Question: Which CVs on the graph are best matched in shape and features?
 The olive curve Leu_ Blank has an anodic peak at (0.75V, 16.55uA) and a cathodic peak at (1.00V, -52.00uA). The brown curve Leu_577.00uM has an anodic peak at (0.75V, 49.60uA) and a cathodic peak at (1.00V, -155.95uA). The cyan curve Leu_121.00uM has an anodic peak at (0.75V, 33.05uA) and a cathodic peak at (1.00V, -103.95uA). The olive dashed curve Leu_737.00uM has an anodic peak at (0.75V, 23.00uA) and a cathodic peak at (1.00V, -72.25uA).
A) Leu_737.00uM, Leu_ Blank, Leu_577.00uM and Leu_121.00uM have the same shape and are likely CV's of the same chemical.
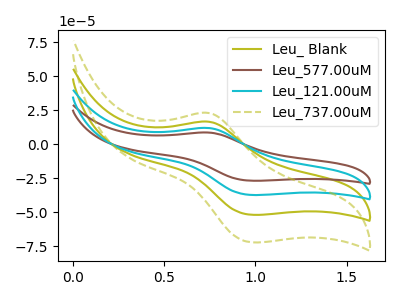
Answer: <think>All the peaks in "Leu_ Blank" have a peak in "Leu_577.00uM" at the same potential. Every peak in "Leu_ Blank" is lower than every peak in "Leu_577.00uM". All the peaks in "Leu_ Blank" have a peak in "Leu_121.00uM" at the same potential. Every peak in "Leu_ Blank" is lower than every peak in "Leu_121.00uM". All the peaks in "Leu_ Blank" have a peak in "Leu_737.00uM" at the same potential. Every peak in "Leu_ Blank" is lower than every peak in "Leu_737.00uM". All the peaks in "Leu_577.00uM" have a peak in "Leu_121.00uM" at the same potential. Every peak in "Leu_577.00uM" is higher than every peak in "Leu_121.00uM". All the peaks in "Leu_577.00uM" have a peak in "Leu_737.00uM" at the same potential. Every peak in "Leu_577.00uM" is higher than every peak in "Leu_737.00uM". All the peaks in "Leu_121.00uM" have a peak in "Leu_737.00uM" at the same potential. Every peak in "Leu_121.00uM" is higher than every peak in "Leu_737.00uM".
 </think>
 <answer>A) "Leu_737.00uM", "Leu_ Blank", "Leu_577.00uM" and "Leu_121.00uM" have the same shape and are likely CV's of the same chemical.</answer>
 <eval>A</eval>